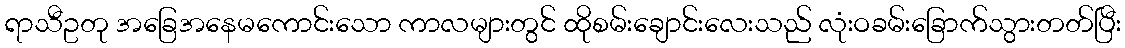
ရာသီဥတု အခြေအနေမကောင်းသော ကာလများတွင် ထိုစမ်းချောင်းလေးသည် လုံးဝခမ်းခြောက်သွားတတ်ပြီး